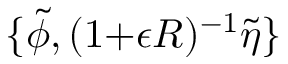
\{ \tilde { \phi } , ( 1 { + } \epsilon R ) ^ { - 1 } \tilde { \eta } \}